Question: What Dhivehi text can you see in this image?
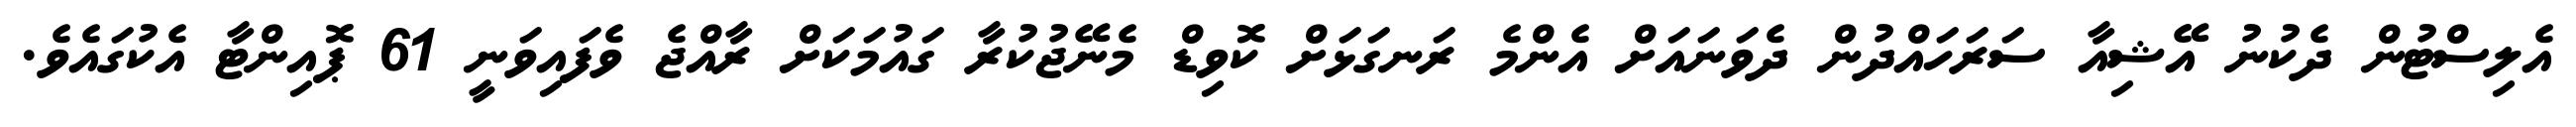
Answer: އެލިސްޓުން ދެކުނު އޭޝިއާ ސަރަހައްދުން ދެވަނައަށް އެންމެ ރަނގަޅަށް ކޮވިޑް މެނޭޖުކުރާ ގައުމަކަށް ރާއްޖެ ވެފައިވަނީ 61 ޕޮއިންޓާ އެކުގައެވެ.